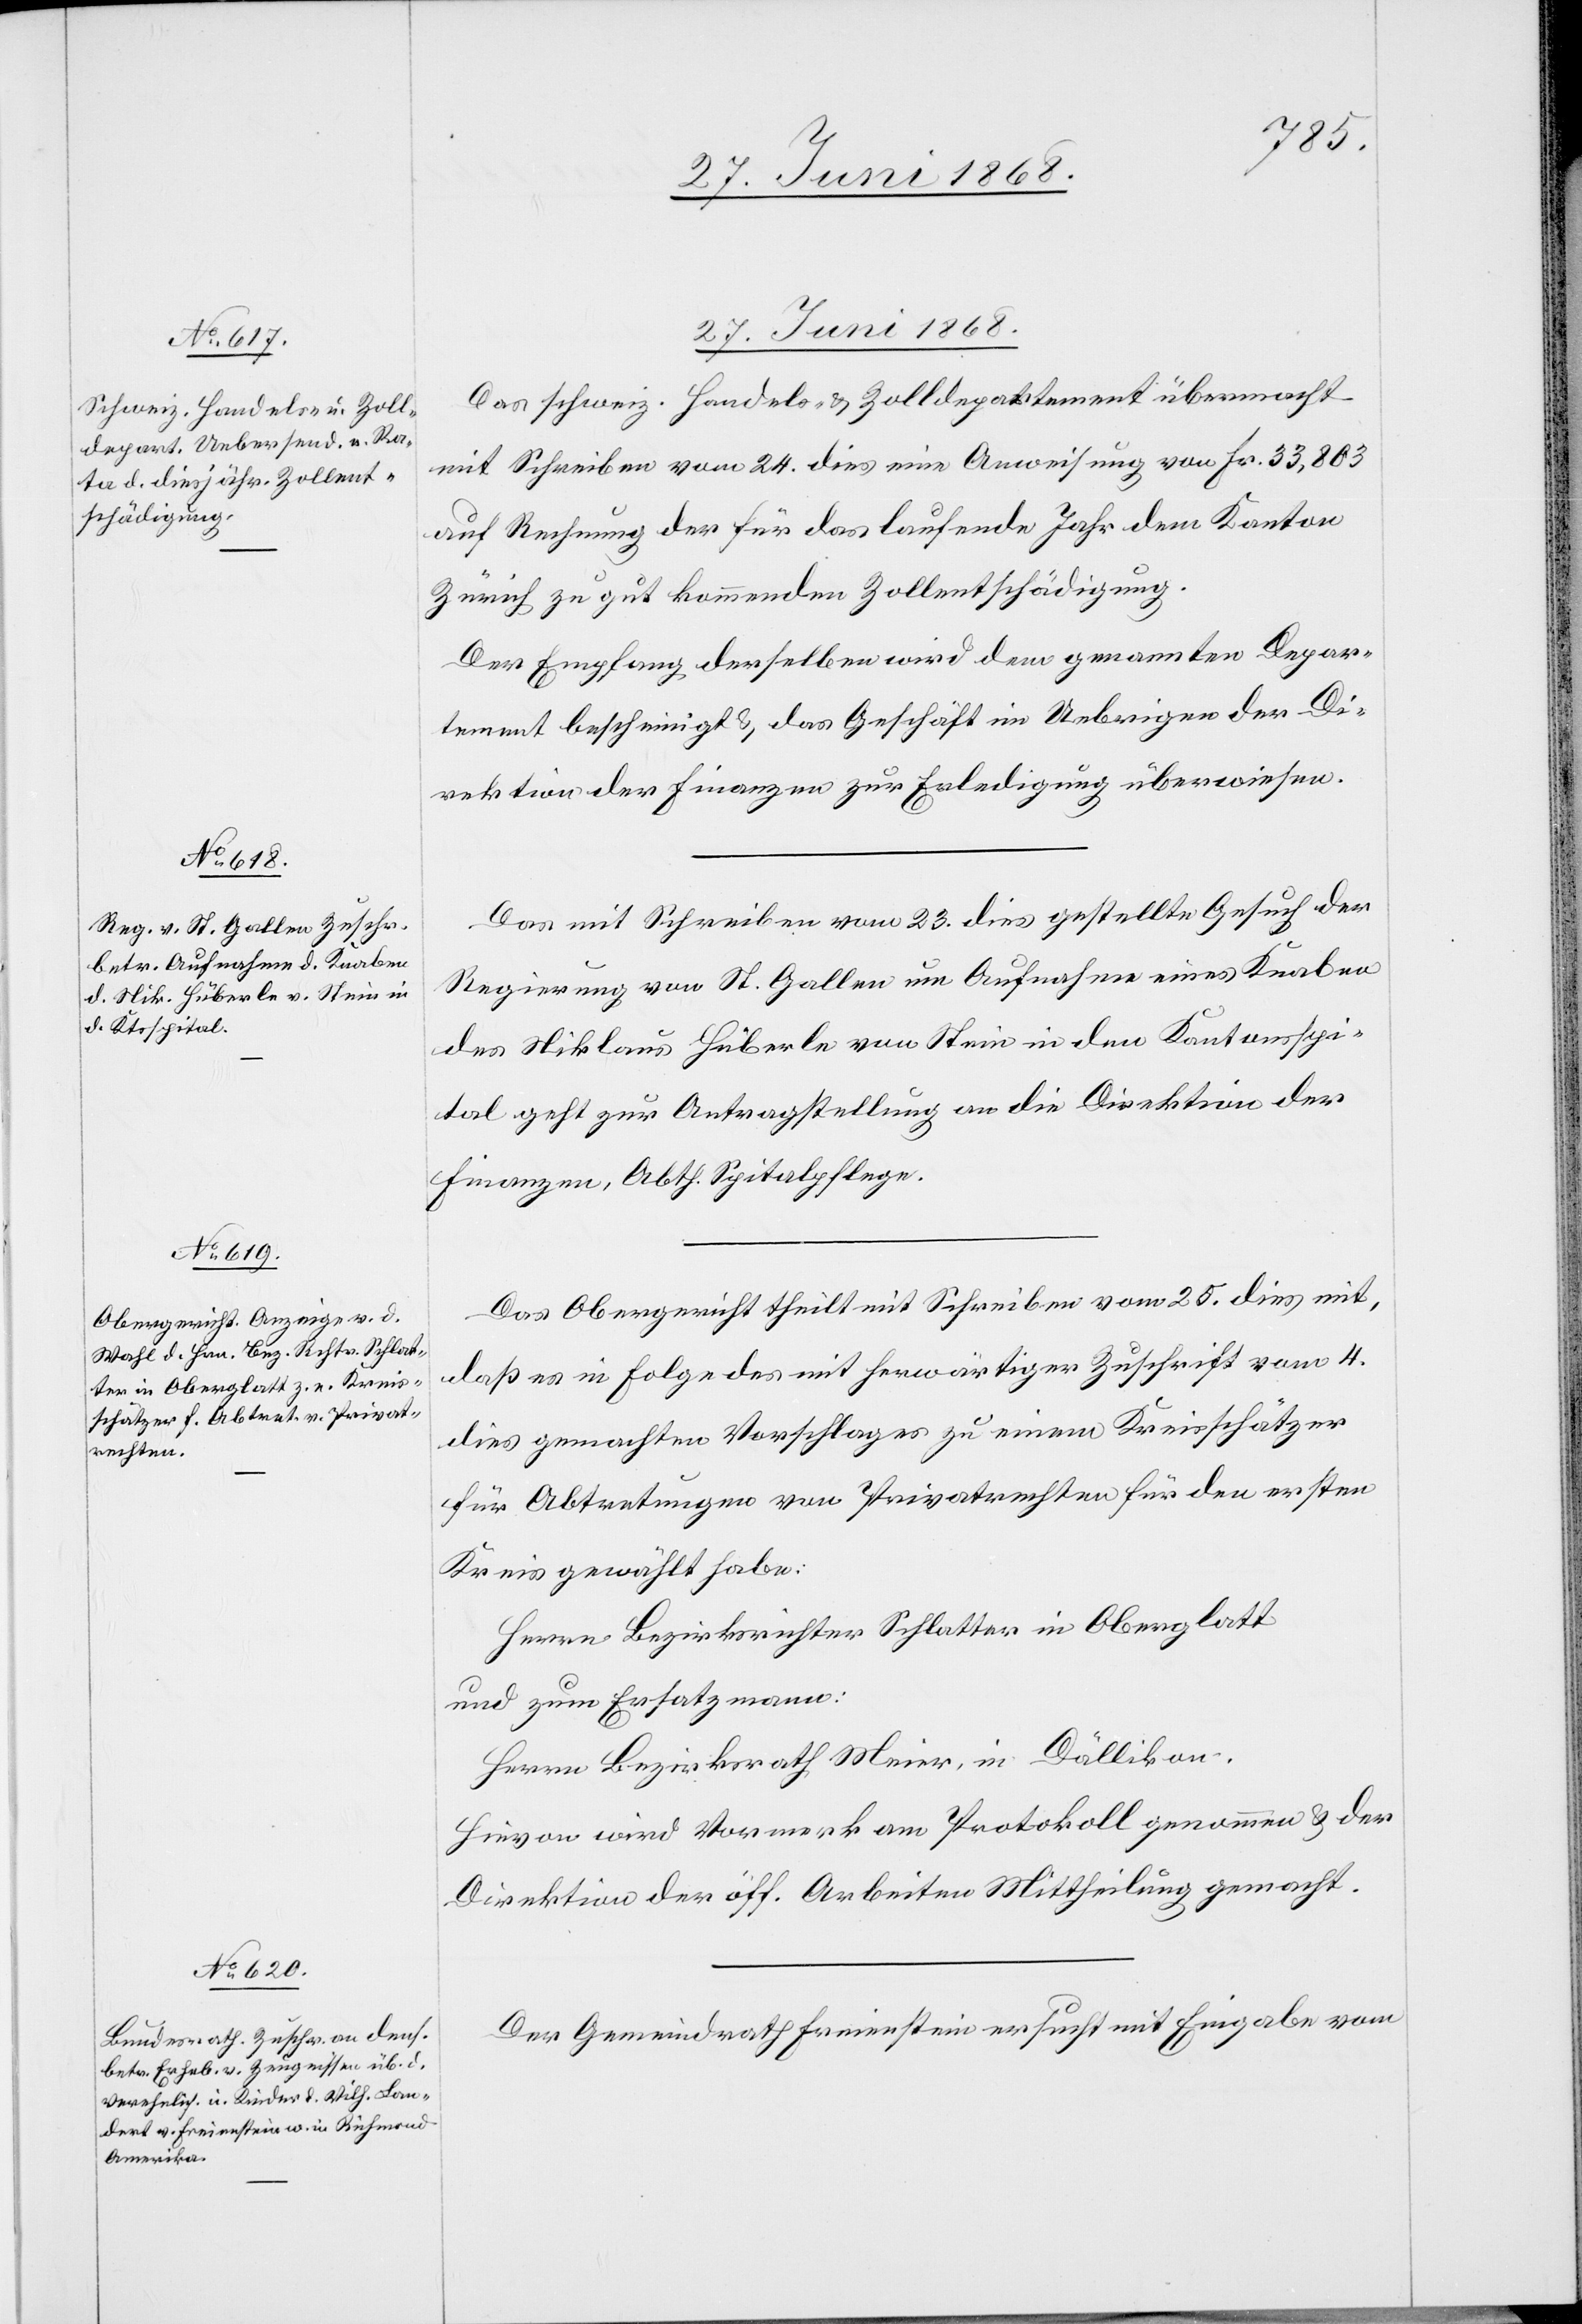
27. Juni 1868.]
Das schweiz. Handels- & Zolldepartement übermacht
mit Schreiben vom 24. dies eine Anweisung von Fr. 33,803
auf Rechnung der für das laufende Jahr dem Kanton
Zürich zu gut kommenden Zollentschädigung.
Der Empfang derselben wird dem genannten Depar¬
tement bescheinigt & das Geschäft im Uebrigen der Di¬
rektion der Finanzen zur Erledigung überwiesen.
Das mit Schreiben vom 23. dies gestellte Gesuch der
Regierung von St. Gallen um Aufnahme eines Knaben
des Niklaus Hüberle von Stein in den Kantonsspi¬
tal geht zur Antragstellung an die Direktion der
Finanzen, Abth. Spitalpflege.
Das Obergericht theilt mit Schreiben vom 25. dies mit,
daß es in Folge des mit herwärtiger Zuschrift vom 4.
dies gemachten Vorschlages zu einem Kreisschätzer
für Abtretungen von Privatrechten für den ersten
Kreis gewählt habe:
Herrn Bezirksrichter Schlatter in Oberglatt
und zum Ersatzmann:
Herrn Bezirksrath Meier, in Dällikon.
Hievon wird Vormerk am Protokoll genommen & der
Direktion der öff. Arbeiten Mittheilung gemacht.
Der Gemeindrath Freienstein ersucht mit Eingabe vom